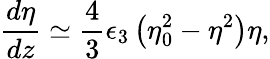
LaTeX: \frac{d\eta}{dz}\simeq\frac{4}{3}\epsilon_{3}\left(\eta_{0}^{2}-\eta^{2}\right)\eta,